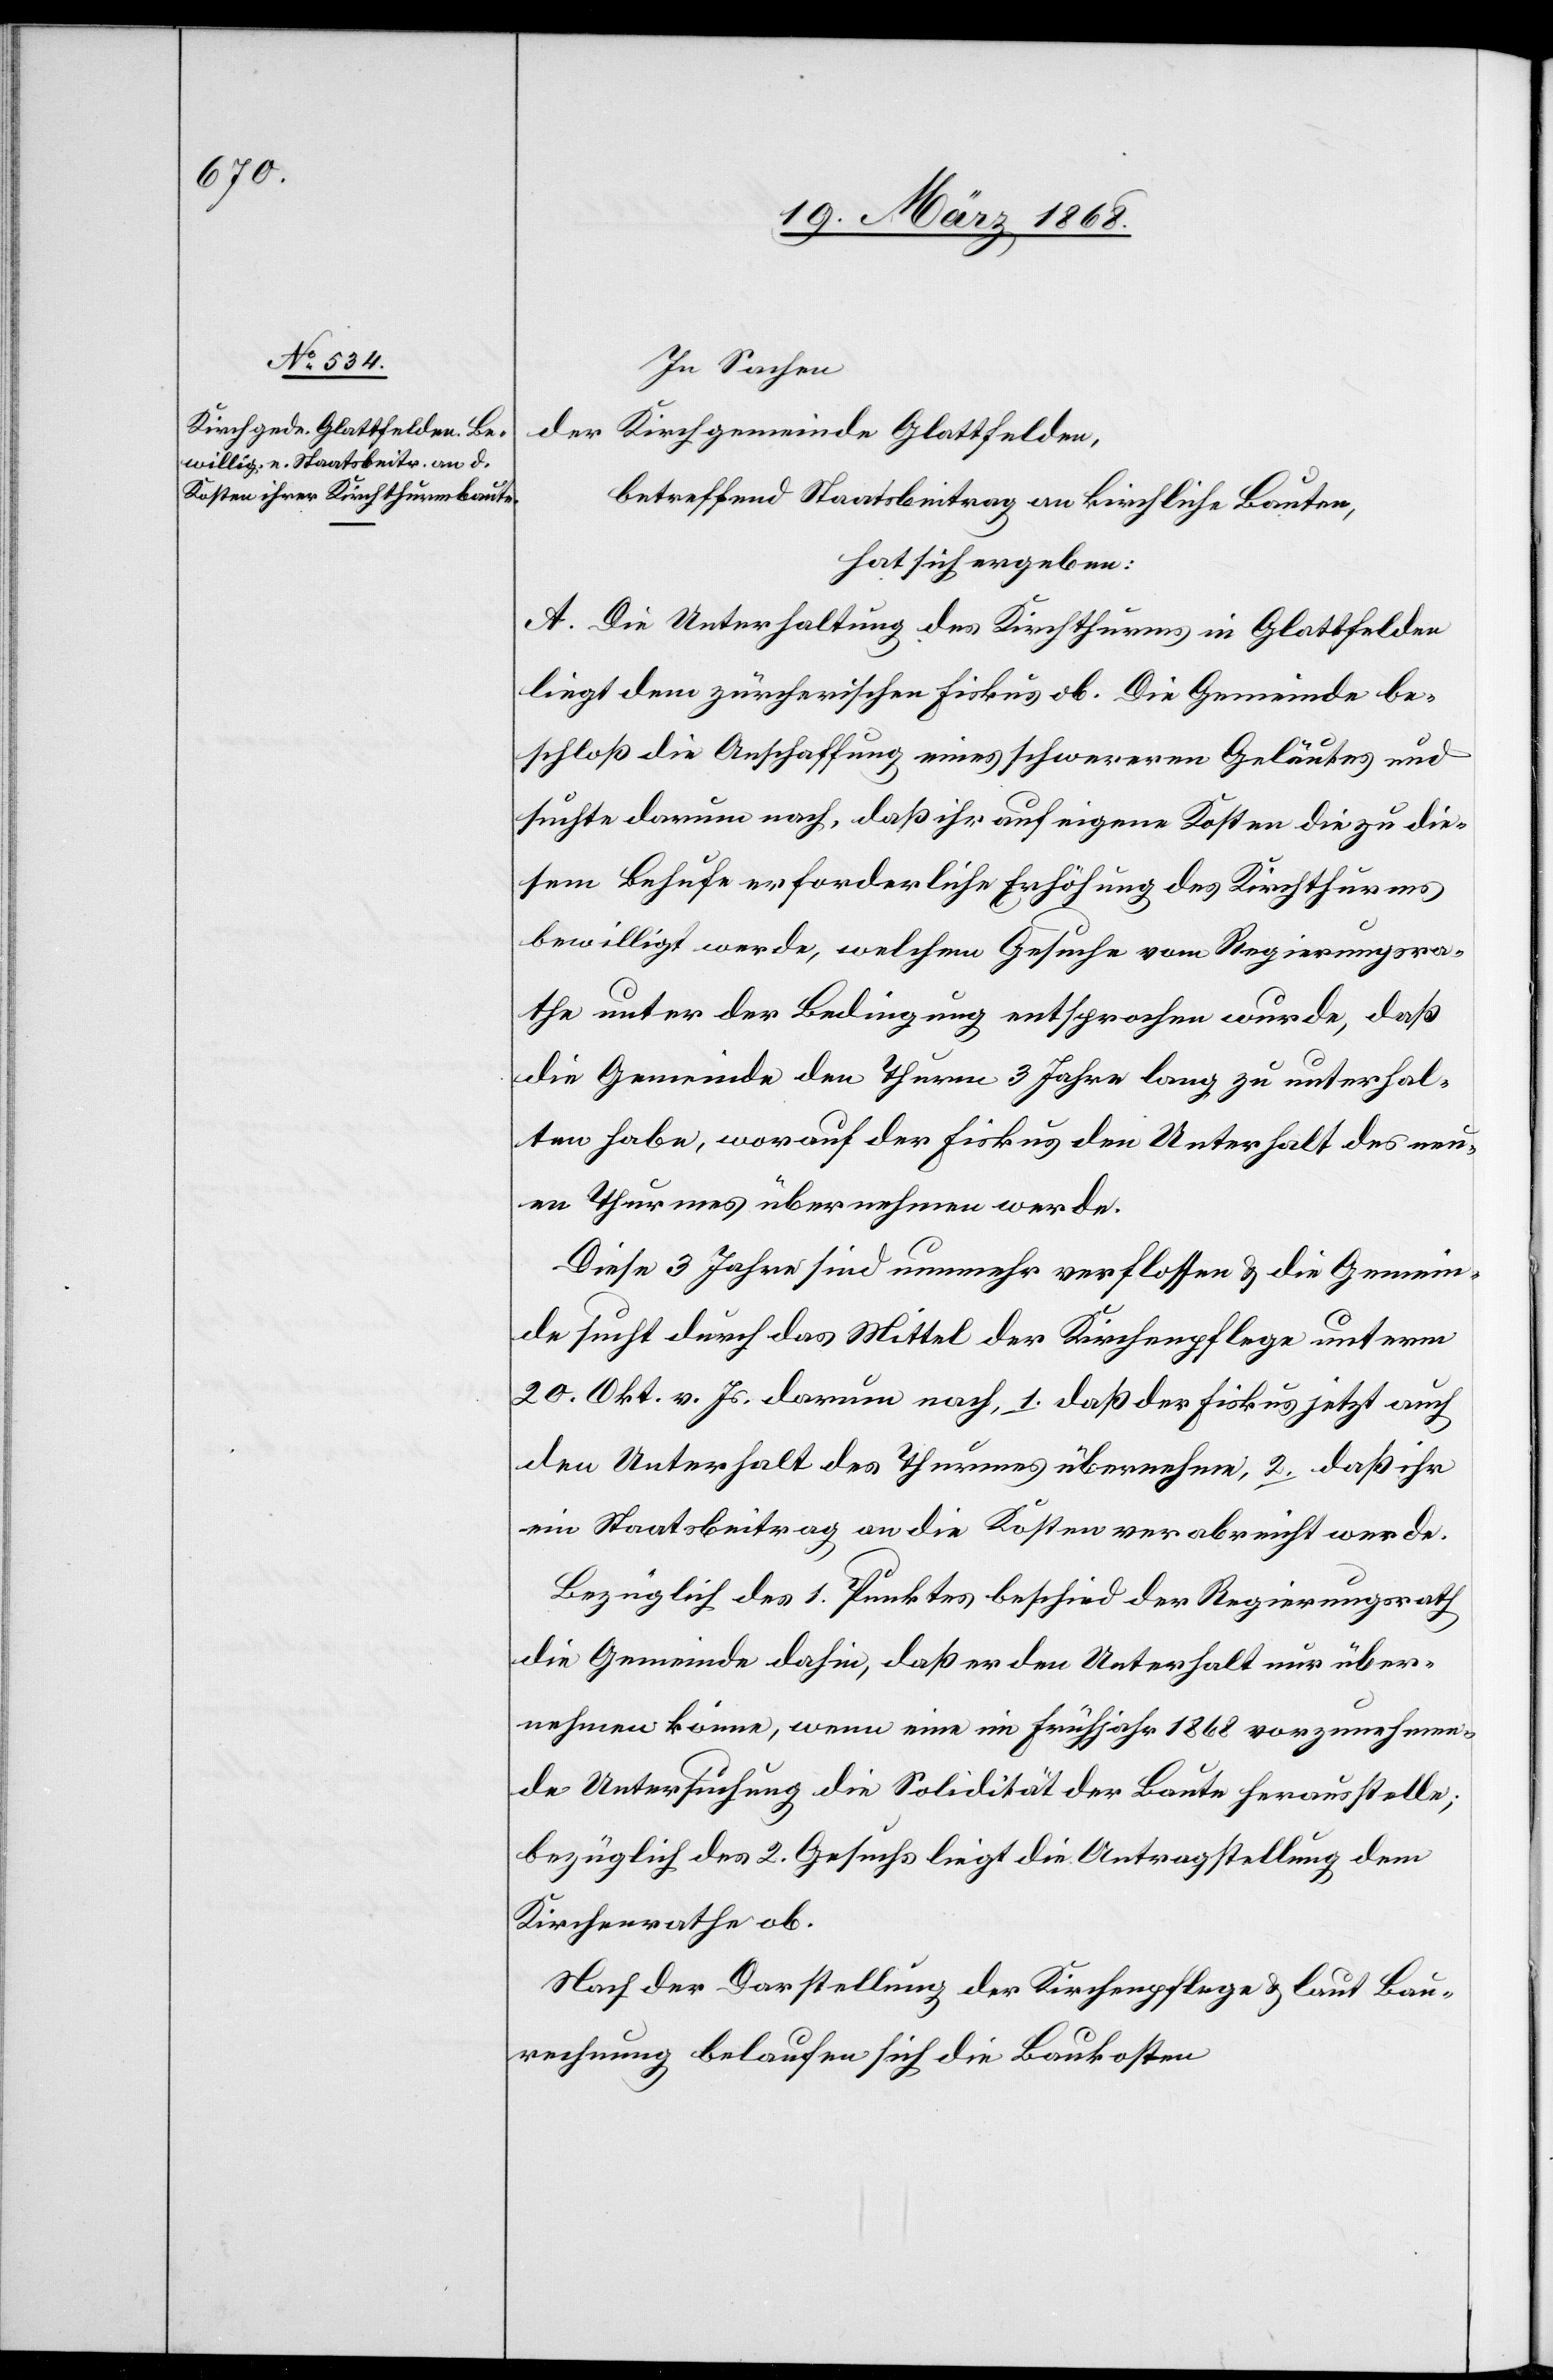
In Sachen
der Kirchgemeinde Glattfelden,
betreffend Staatsbeitrag an kirchliche Bauten,
hat sich ergeben:
A. Die Unterhaltung des Kirchthurms in Glattfelden
liegt dem zürcherischen Fiskus ob. Die Gemeinde be¬
schloß die Anschaffung eines schwereren Geläutes und
suchte darum nach, daß ihr auf eigene Kosten die zu die¬
sem Behufe erforderliche Erhöhung des Kirchthurms
bewilligt werde, welchem Gesuche vom Regierungsra¬
the unter der Bedingung entsprochen wurde, daß
die Gemeinde den Thurm 3 Jahre lang zu unterhal¬
ten habe, worauf der Fiskus den Unterhalt des neu¬
en Thurmes übernehmen werde.
Diese 3 Jahre sind nunmehr verflossen & die Gemein¬
de sucht durch das Mittel der Kirchenpflege unterm
20. Okt. v. Js. darum nach, 1. daß der Fiskus jetzt auch
den Unterhalt des Thurmes übernehmen, 2. daß ihr
ein Staatsbeitrag an die Kosten verabreicht werde.
Bezüglich des 1. Punktes beschied der Regierungsrath
die Gemeinde dahin, daß er den Unterhalt nur über¬
nehmen könne, wenn eine im Frühjahr 1868 vorzunehmen¬
de Untersuchung die Solidität der Baute herausstelle;
bezüglich des 2. Gesuchs liegt die Antragstellung dem
Kirchenrathe ob.
Nach der Darstellung der Kirchenpflege & laut Bau¬
rechnung belaufen sich die Baukosten